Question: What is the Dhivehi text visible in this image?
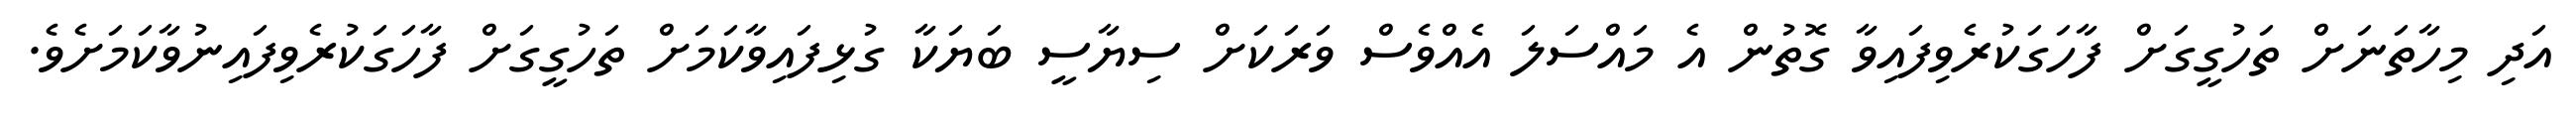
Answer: އަދި މިހާތަނަށް ތަހުގީގަށް ފާހަގަކުރެވިފައިވާ ގޮތުން އެ މައްސަލަ އެއްވެސް ވަރަކަށް ސިޔާސީ ބަޔަކާ ގުޅިފައިވާކަމަށް ތަހުގީގަށް ފާހަގަކުރެވިފައިނުވާކަމަށެވެ.